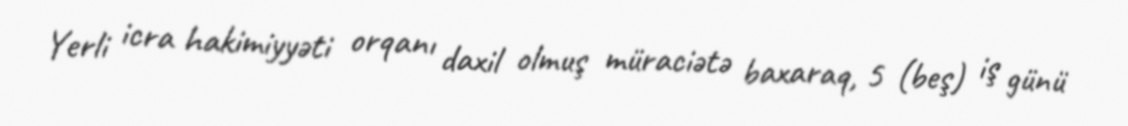
Yerli icra hakimiyyəti orqanı daxil olmuş müraciətə baxaraq, 5 (beş) iş günü